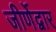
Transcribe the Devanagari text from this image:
जीर्णेद्वार